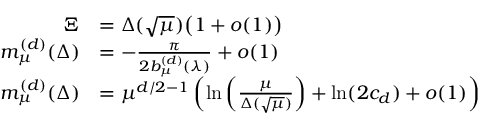
\begin{array} { r l } { \Xi } & { = \Delta ( \sqrt { \mu } ) \big ( 1 + o ( 1 ) \big ) } \\ { m _ { \mu } ^ { ( d ) } ( \Delta ) } & { = - \frac { \pi } { 2 b _ { \mu } ^ { ( d ) } ( \lambda ) } + o ( 1 ) } \\ { m _ { \mu } ^ { ( d ) } ( \Delta ) } & { = \mu ^ { d / 2 - 1 } \left( \ln \left( \frac { \mu } { \Delta ( \sqrt { \mu } ) } \right) + \ln ( 2 c _ { d } ) + o ( 1 ) \right) } \end{array}